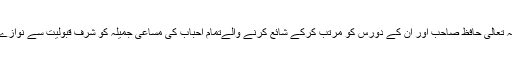
اللہ تعالی حافظ صاحب اور ان کے دورس کو مرتب کرکے شائع کرنے والےتمام احباب کی مساعی جمیلہ کو شرف قبولیت سے نوازے ۔